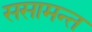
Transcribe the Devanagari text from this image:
ससामन्त